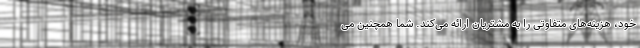
خود، هزینه‌های متفاوتی را به مشتریان ارائه می‌کند. شما همچنین می‌